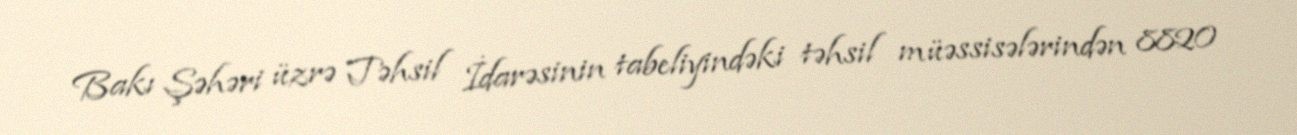
Bakı Şəhəri üzrə Təhsil İdarəsinin tabeliyindəki təhsil müəssisələrindən 8820